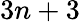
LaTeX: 3n+3